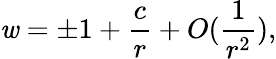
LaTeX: \mathit{w}=\pm1+\frac{{c}}{{r}}+O(\frac{{1}}{{r^{2}}}),